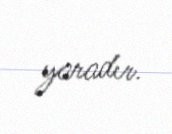
yaradır.